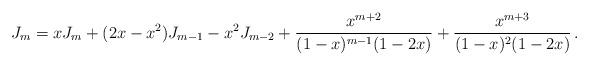
LaTeX: \begin{align*}J_m = xJ_m + (2x-x^2)J_{m-1} -x^2J_{m-2}+\frac{x^{m+2}}{(1-x)^{m-1}(1-2x)}+\frac{x^{m+3}}{(1-x)^2(1-2x)}\,.\end{align*}